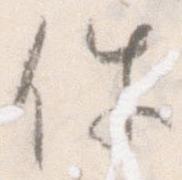
件